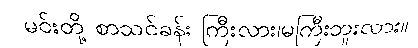
မင်းတို့ စာသင်ခန်း ကြီးလား၊မကြီးဘူးလား။